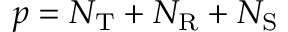
p = N _ { \mathrm { T } } + N _ { \mathrm { R } } + N _ { \mathrm { S } }